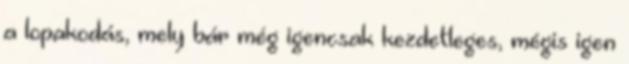
a lopakodás, mely bár még igencsak kezdetleges, mégis igen